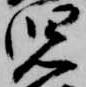
児